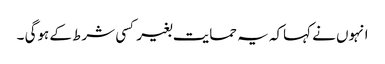
انہوں نے کہاکہ یہ حمایت بغیر کسی شرط کے ہوگی ۔